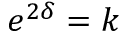
e ^ { 2 \delta } = k